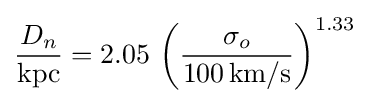
{\frac {D_{n}}{\text{kpc}}}=2.05\,\left({\frac {\sigma _{o}}{100\,{\text{km}}/{\text{s}}}}\right)^{1.33}